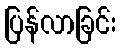
ပြန်လာခြင်း